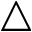
\bigtriangleup